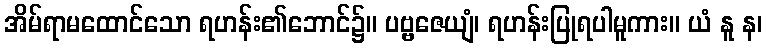
အိမ်ရာမထောင်သော ရဟန်း၏ဘောင်၌။ ပဗ္ဗဇေယျံ၊ ရဟန်းပြုရပါမူကား။ ယံ နူ န၊